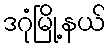
ဒဂုံမြို့နယ်